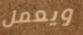
ويعمل